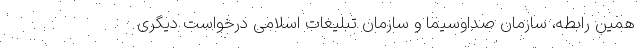
همین رابطه، سازمان صداوسیما و سازمان تبلیغات اسلامی درخواست دیگری